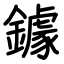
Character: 鐻